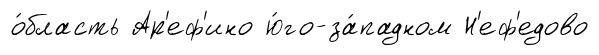
о́бласть Ар'еф'ино ю́го-за́падном Н'еф'едово